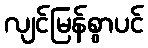
လျင်မြန်စွာပင်